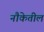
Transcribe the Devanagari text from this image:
नौकेतील